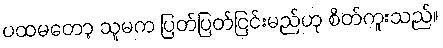
ပထမတော့ သူမက ပြတ်ပြတ်ငြင်းမည်ဟု စိတ်ကူးသည်။